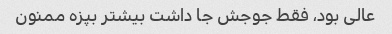
عالی بود، فقط جوجش جا داشت بیشتر بپزه ممنون